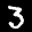
Label: 3